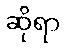
ဆိုရာ